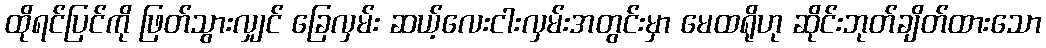
ထိုရင်ပြင်ကို ဖြတ်သွားလျှင် ခြေလှမ်း ဆယ့်လေးငါးလှမ်းအတွင်းမှာ မေထရိုဟု ဆိုင်းဘုတ်ချိတ်ထားသော